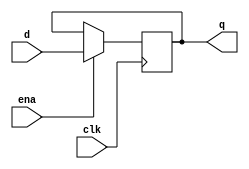
module register
#(
    parameter SIZE = 4
)
(
    input                          ena, 
    input                          clk,
    input      [SIZE - 1 : 0]      d,
    output reg [SIZE - 1 : 0]      q
);
    always @ (posedge clk)
	if (ena) 
            q <= d;
endmodule